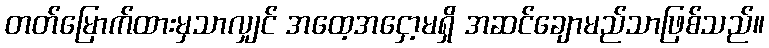
တတ်မြောက်ထားမှသာလျှင် အထေ့အငှော့မရှိ အဆင်ချောမည်သာဖြစ်သည်။